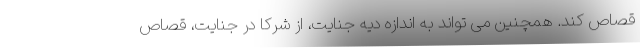
قصاص کند. همچنین می تواند به اندازه دیه جنایت، از شرکا در جنایت، قصاص